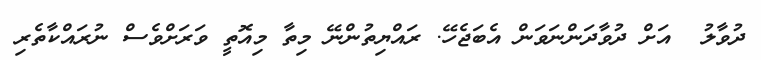
ދުވާލު  އަށް ދުވާދަންނަވަން އެބަޖެހޭ. ރައްޔިތުންނޭ މިތާ މިއޮތީ ވަރަށްވެސް ނުރައްކާތެރި